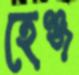
হেঞ্জ